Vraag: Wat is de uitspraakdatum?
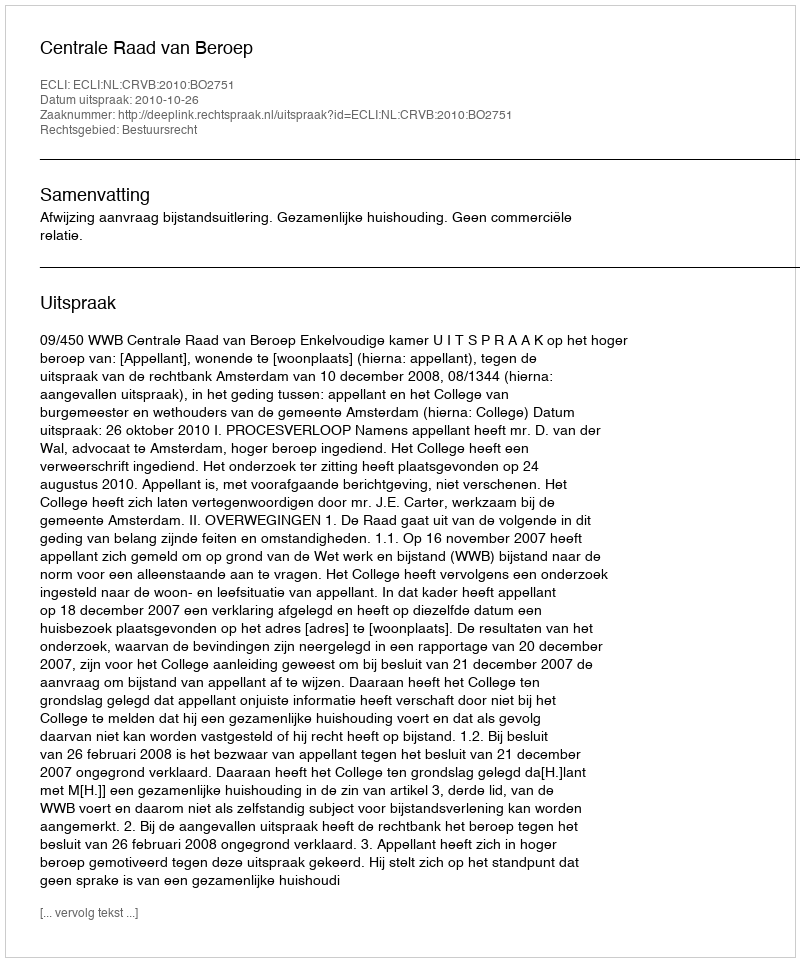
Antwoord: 2010-10-26